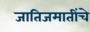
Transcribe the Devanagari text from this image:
जातिजमातींचे